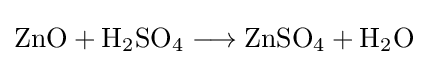
{\mathrm {ZnO} {}+{}\mathrm {H} {\vphantom {A}}_{\smash[{t}]{2}}\mathrm {SO} {\vphantom {A}}_{\smash[{t}]{4}}{}\mathrel {\longrightarrow } {}\mathrm {ZnSO} {\vphantom {A}}_{\smash[{t}]{4}}{}+{}\mathrm {H} {\vphantom {A}}_{\smash[{t}]{2}}\mathrm {O} }